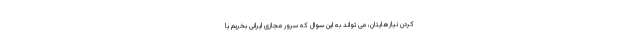
کردن نیازهایتان، می تواند به این سوال که سرور مجازی ایرانی بخریم یا